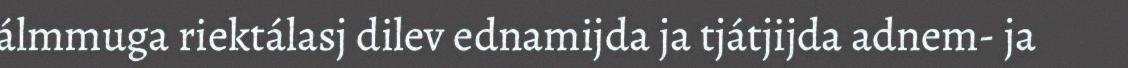
álmmuga riektálasj dilev ednamijda ja tjátjijda adnem- ja